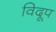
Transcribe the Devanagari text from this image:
विदूप